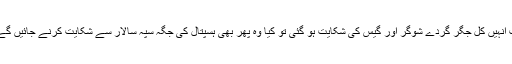
اب انہیں کل جگر گردے شوگر اور گیس کی شکایت ہو گئی تو کیا وہ پھر بھی ہسپتال کی جگہ سپہ سالار سے شکایت کرنے جائیں گے؟